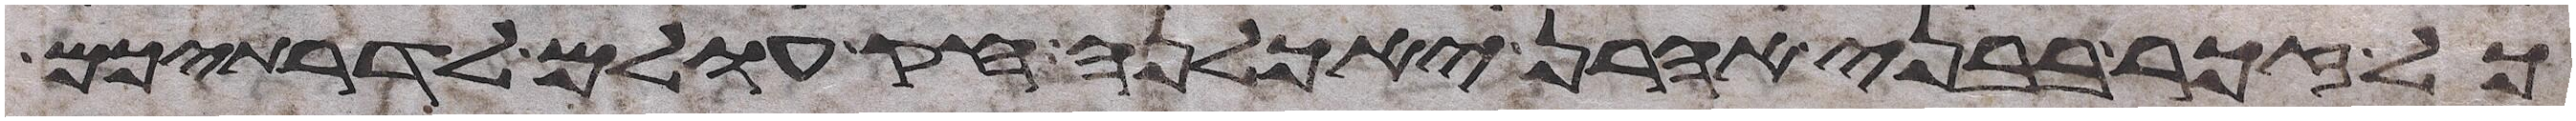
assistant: כל זכר בבני אהרן יאכלנה חק עולם לדרתיכם